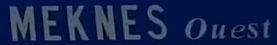
MEKNES Ouest